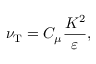
\nu _ { \mathrm { { T } } } = C _ { \mu } \frac { K ^ { 2 } } { \varepsilon } ,